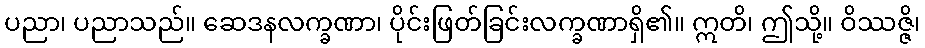
ပညာ၊ ပညာသည်။ ဆေဒနလက္ခဏာ၊ ပိုင်းဖြတ်ခြင်းလက္ခဏာရှိ၏။ ဣတိ၊ ဤသို့။ ဝိဿဇ္ဇိ၊